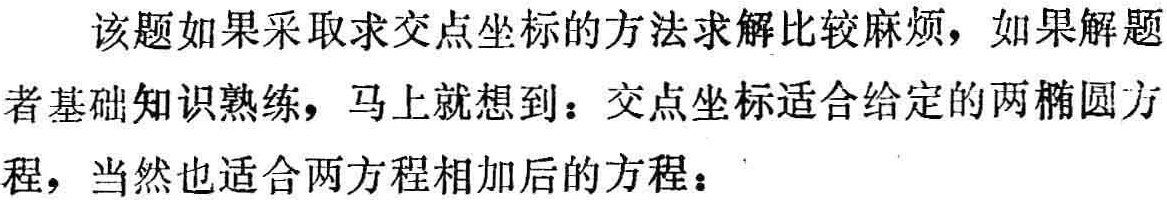
该题如果采取求交点坐标的方法求解比较麻烦，如果解题者基础知识熟练，马上就想到：交点坐标适合给定的两椭圆方程，当然也适合两方程相加后的方程：